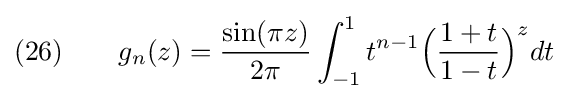
(26)\qquad g_{n}(z)={\frac {\sin(\pi z)}{2\pi }}\int _{-1}^{1}t^{n-1}{\Bigl (}{\frac {1+t}{1-t}}{\Bigr )}^{z}dt